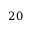
2 0